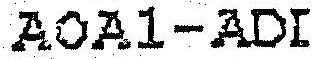
AOA1-ADI